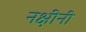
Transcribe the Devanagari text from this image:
नक्षींनी